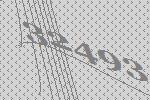
32493